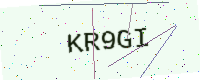
Text: KR9GI